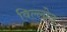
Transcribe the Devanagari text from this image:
विल्लोन